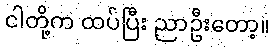
ငါတို့က ထပ်ပြီး ညာဦးတော့။